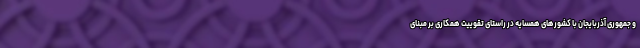
و جمهوری آذربایجان با کشورهای همسایه در راستای تقوییت همکاری بر مبنای